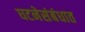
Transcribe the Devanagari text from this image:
घटनेसंबंधात